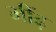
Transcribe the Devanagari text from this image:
मींढ़